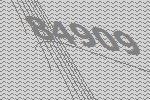
84909